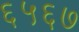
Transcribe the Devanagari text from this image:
६५६७